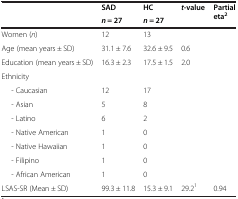
|  | SAD | HC | t-value | Partial eta2 |
 |  | n = 27 | n = 27 |  |  |
 | --- | --- | --- | --- | --- |
 | Women (n) | 12 | 13 |  |  |
 | Age (mean years ± SD) | 31.1 ± 7.6 | 32.6 ± 9.5 | 0.6 |  |
 | Education (mean years ± SD) | 16.3 ± 2.3 | 17.5 ± 1.5 | 2.0 |  |
 | <COLSPAN=5> Ethnicity |
 | - Caucasian | 12 | 17 |  |  |
 | - Asian | 5 | 8 |  |  |
 | - Latino | 6 | 2 |  |  |
 | - Native American | 1 | 0 |  |  |
 | - Native Hawaiian | 1 | 0 |  |  |
 | - Filipino | 1 | 0 |  |  |
 | - African American | 1 | 0 |  |  |
 | LSAS-SR (Mean ± SD) | 99.3 ± 11.8 | 15.3 ± 9.1 | 29.21 | 0.94 |